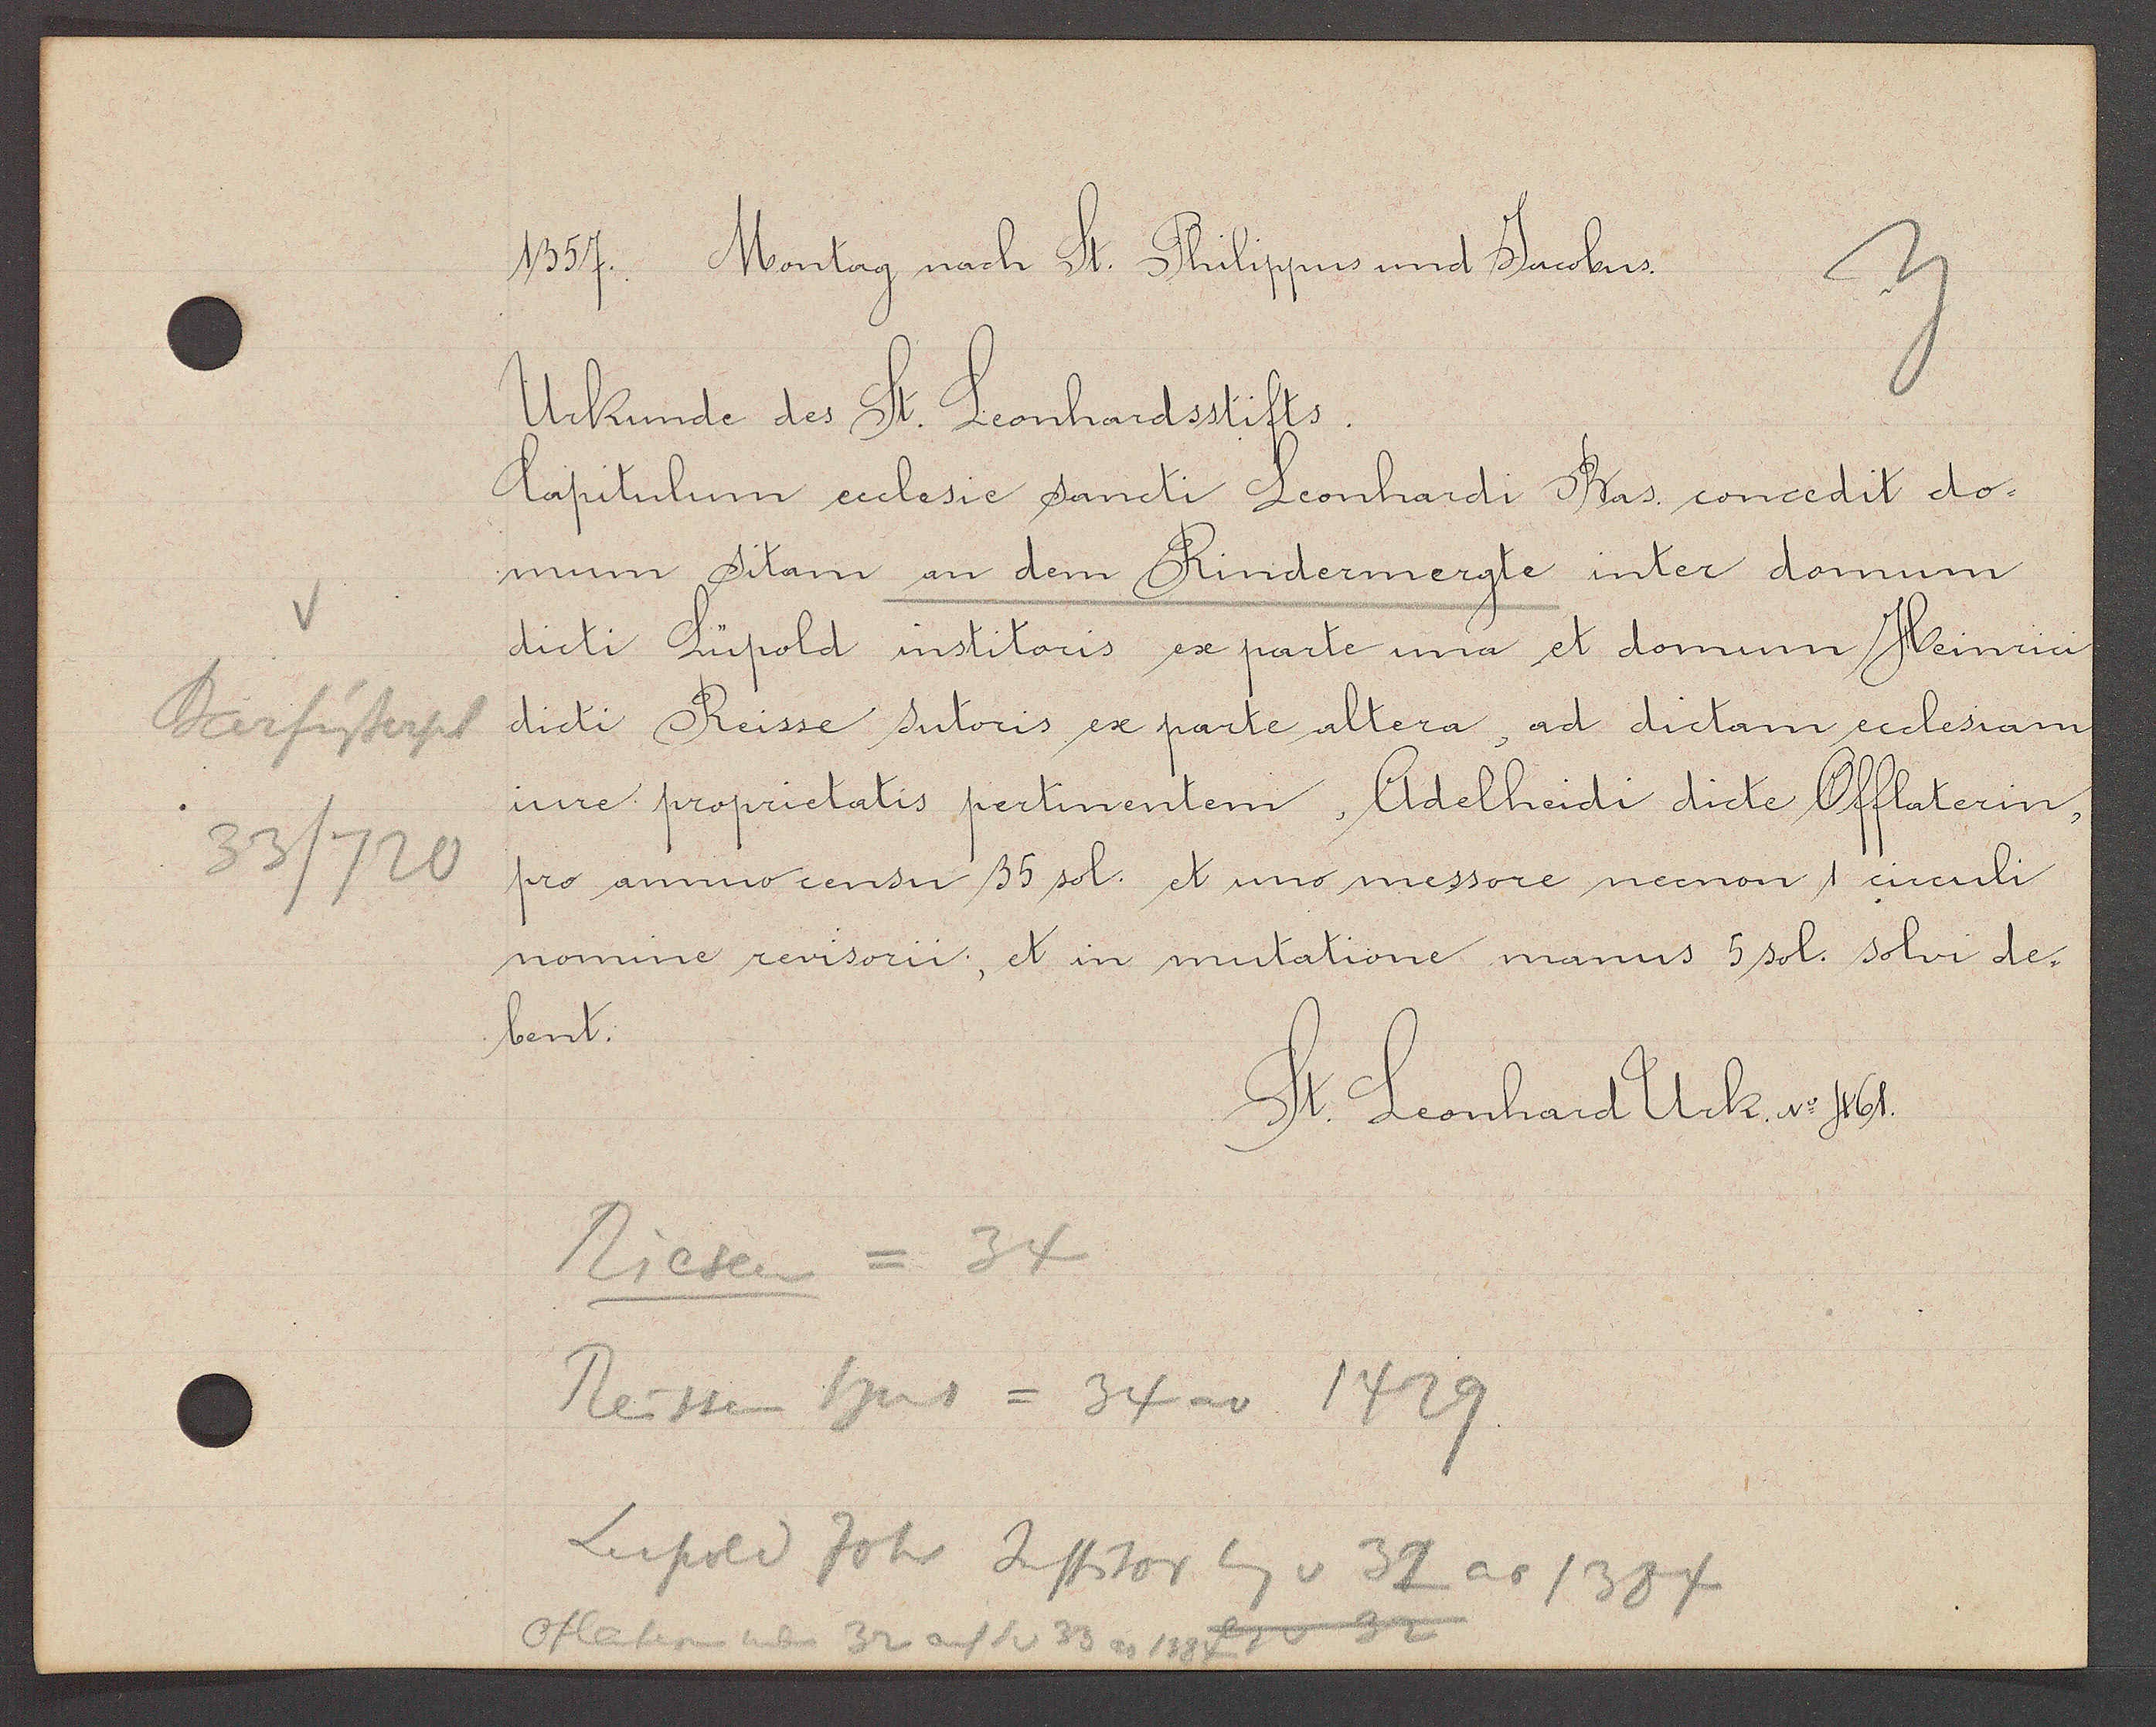
Transcript:
Barfüsserpl
33/720

1357. Montag nach St. Philippus und Jacobus.

Urkunde des St. Leonhardsstiffts.
Capitulum ecclesie sancti Leonhardi Bas concedit do¬
mum Sitam an dem Rindermergte inter domum
dicti Lüpold institoris ex parte una et domum Heinrici
dicti Reisse sutoris ex parte altera, ad dictam ecclesiam
inre proprictatis pertinenten, Adelheidi dicte Offlaterin,
pro annno censu 35 sol. et uno messore necnon 1 circuli
nomine revisorii, et in mutatione manus 5 sol. sohi de
bent

St. Leonhard Urk. No 461.

Riesen = 34
Reissen hus = 34 ao 1429
Oflatern neben 32 auf S v 33 ao 1384 S. v 32
Lupold Joh Institor Eig v 37 ao 1384